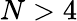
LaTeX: N>4